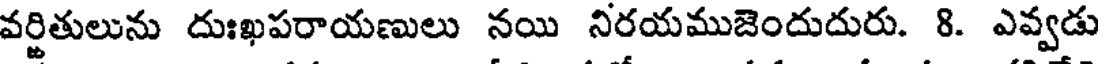
వర్జితులును దుఃఖపరాయణులు నయి నిరయముజెందుదురు. 8. ఎవ్వడు